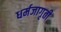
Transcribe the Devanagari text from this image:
धर्मजागृती